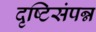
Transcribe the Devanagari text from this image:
दृष्टिसंपन्न